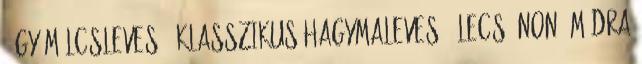
1 Gyümölcsleves 1 Klasszikus hagymaleves 1 Lecsó Nonó módra